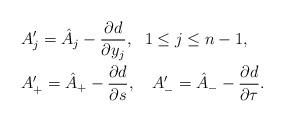
LaTeX: \begin{align*} &A_j'=\hat A_j-\frac{\partial d}{\partial y_j},\ \ 1\leq j\leq n-1,\\&A_+'=\hat A_+-\frac{\partial d}{\partial s},\ \ \ A_-'=\hat A_--\frac{\partial d}{\partial\tau}.\end{align*}